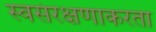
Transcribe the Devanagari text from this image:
स्वसंरक्षणाकरता